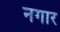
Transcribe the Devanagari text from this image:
नगार